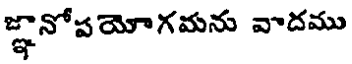
జ్ఞానోపయోగమను వాదము